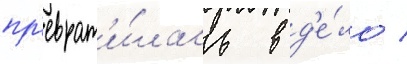
пр'еврат'и́лась в д'е́ло /